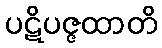
ပဋိပဇ္ဇထာတိ